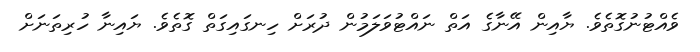
ވެއްޓުނުގޮތެވެ. ޔާއިން އޭނާގެ އަތް ނައްޓުވަލަމުން ދުރަށް ހިނގައިގަތް ގޮތެވެ. ޔައިނާ ހުރިތަނަށް